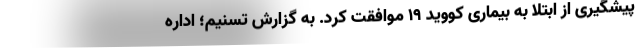
پیشگیری از ابتلا به بیماری کووید ۱۹ موافقت کرد. به گزارش تسنیم؛ اداره